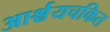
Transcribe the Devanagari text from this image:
आर्श्चयचकित